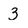
Character: 3